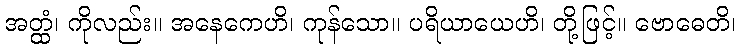
အတ္ထံ၊ ကိုလည်း။ အနေကေဟိ၊ ကုန်သော။ ပရိယာယေဟိ၊ တို့ဖြင့်။ ဗောဓေတိ၊